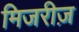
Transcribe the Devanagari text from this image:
मिजरीज़